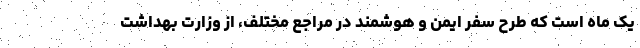
یک ماه است که طرح سفر ایمن و هوشمند در مراجع مختلف، از وزارت بهداشت